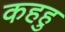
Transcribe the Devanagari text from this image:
कहहु